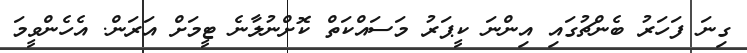
ގިނަ ފަހަރު ބެންޗުގައި އިންނަ ކީޕަރު މަސައްކަތް ކޮށްނުލާނެ ޓީމަށް އަރަން. އެހެންވީމަ